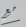
مع